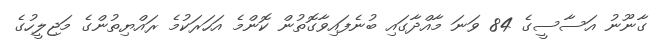
ގާނޫނު އަސާސީގެ 84 ވަނަ މާއްދާގައި ބުނެފައިވާގޮތުން ކޮންމެ އަހަރަކުމެ ރައްޔިތުންގެ މަޖިލީހުގެ